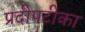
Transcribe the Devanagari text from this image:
प्रदीपटीका